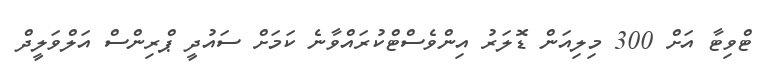
ޓްވިޓާ އަށް 300 މިލިއަން ޑޮލަރު އިންވެސްޓްކުރައްވާނެ ކަމަށް ސައުދީ ޕްރިންސް އަލްވަލީދް